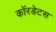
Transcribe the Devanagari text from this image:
कॉरडेटस